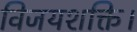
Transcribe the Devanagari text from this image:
विजयशक्ति।